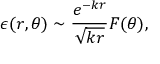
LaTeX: \epsilon ( r , \theta ) \sim \frac { e ^ { - k r } } { \sqrt { k r } } F ( \theta ) ,